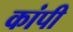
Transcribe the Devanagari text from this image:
कांपी